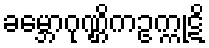
ခမ္ဘောဂုဏ္ဌိကဥက္ကုဋိ